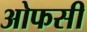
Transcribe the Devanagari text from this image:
ओफसी